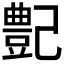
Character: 𪩰